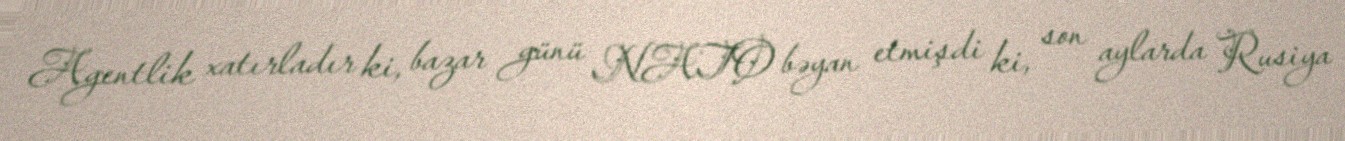
Agentlik xatırladır ki, bazar günü NATO bəyan etmişdi ki, son aylarda Rusiya